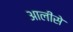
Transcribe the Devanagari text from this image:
आलीसे